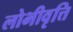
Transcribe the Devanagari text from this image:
लोभीवृत्ति